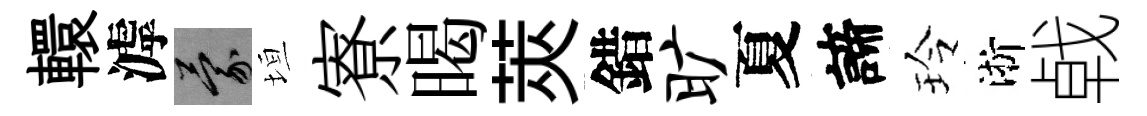
轘滹蒙垣寮暍莢錯旷夏諦玲淅㦸